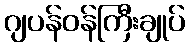
ဂျပန်ဝန်ကြီးချုပ်